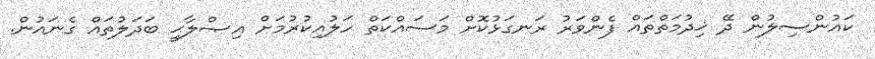
ކައުންސިލުން ދޭ ޚިދުމަތްތައް ފެންވަރު ރަނގަޅުކޮށް މަސައްކަތް ހަލުއިކުރުމަށް އިޞްލާޙީ ބަދަލުތައް ގެނައުން.